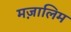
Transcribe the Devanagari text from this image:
मज़ालिम